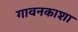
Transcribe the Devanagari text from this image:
गावनकाशा